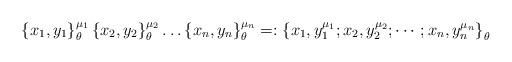
LaTeX: \begin{align*}\left\{ x_{1},y_{1}\right\} _{\theta }^{\mu _{1}}\left\{ x_{2},y_{2}\right\}_{\theta }^{\mu _{2}}\ldots \left\{ x_{n},y_{n}\right\} _{\theta }^{\mu_{n}}=:\left\{ x_{1},y_{1}^{\mu _{1}};x_{2},y_{2}^{\mu _{2}};\cdots;x_{n},y_{n}^{\mu _{n}}\right\} _{\theta }\end{align*}